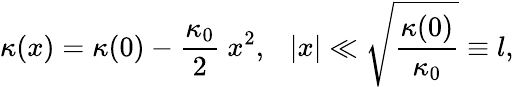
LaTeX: \kappa(x)=\kappa(0)-\frac{\kappa_{0}}{2}~x^{2},~~~|x|\ll\sqrt{\frac{\kappa(0)}{\kappa_{0}}}\equiv l,